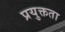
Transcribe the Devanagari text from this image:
प्रयुक्तता